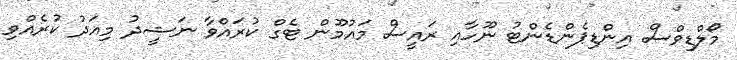
މޯލްޑިވްސް އިންޑިޕެންޑެންޓު ނޫހާއި ރައީސް މައުމޫން ޓެގް ކުރައްވާ ނަޝީދު މިއަދު ކުރެއްވި